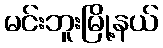
မင်းဘူးမြို့နယ်